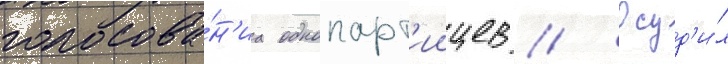
голосова́н'иа однопарт'иицев // Осуд'и́л